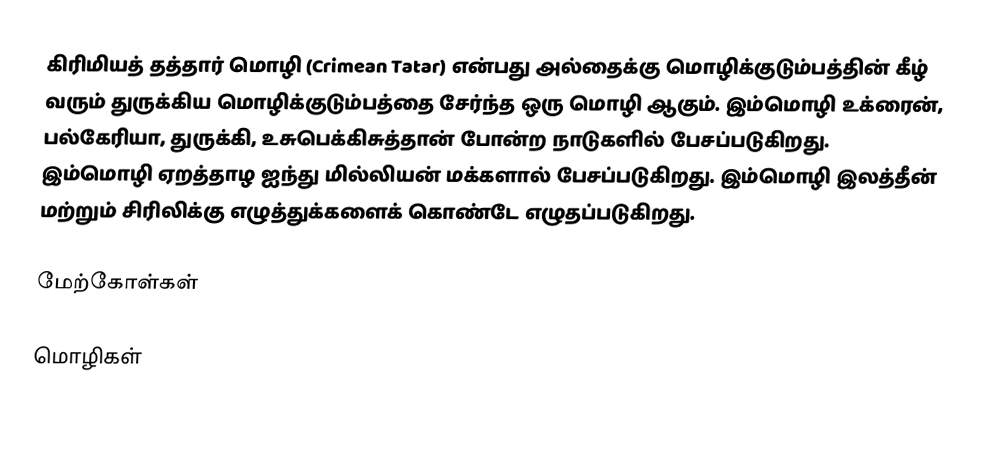
கிரிமியத் தத்தார் மொழி (Crimean Tatar) என்பது அல்தைக்கு மொழிக்குடும்பத்தின் கீழ் வரும் துருக்கிய மொழிக்குடும்பத்தை சேர்ந்த ஒரு மொழி ஆகும். இம்மொழி உக்ரைன், பல்கேரியா, துருக்கி, உசுபெக்கிசுத்தான் போன்ற நாடுகளில் பேசப்படுகிறது. இம்மொழி ஏறத்தாழ ஐந்து மில்லியன் மக்களால் பேசப்படுகிறது. இம்மொழி இலத்தீன் மற்றும் சிரிலிக்கு எழுத்துக்களைக் கொண்டே எழுதப்படுகிறது.

மேற்கோள்கள்

மொழிகள்